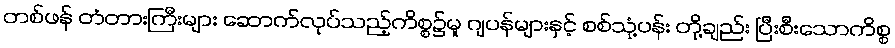
တစ်ဖန် တံတားကြီးများ ဆောက်လုပ်သည့်ကိစ္စ၌မူ ဂျပန်များနှင့် စစ်သုံ့ပန်း တို့ချည်း ပြီးစီးသောကိစ္စ